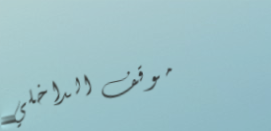
موقف الداخلي